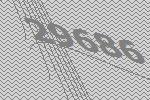
29686